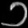
Digit: ၁